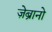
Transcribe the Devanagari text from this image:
ज़ेब्रानो